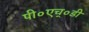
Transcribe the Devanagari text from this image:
पी०एच्०डी